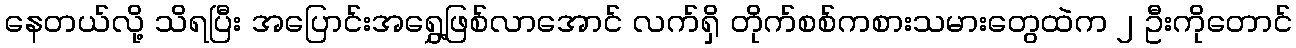
နေတယ်လို့ သိရပြီး အပြောင်းအရွှေ့ဖြစ်လာအောင် လက်ရှိ တိုက်စစ်ကစားသမားတွေထဲက ၂ ဦးကိုတောင်